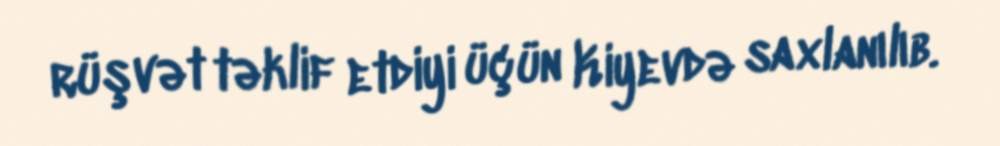
rüşvət təklif etdiyi üçün Kiyevdə saxlanılıb.